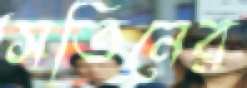
সতিনের